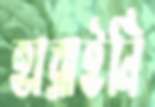
হারাইনি